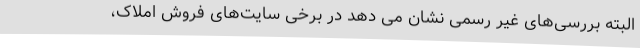
البته بررسی‌های غیر رسمی نشان می دهد در برخی سایت‌های فروش املاک،